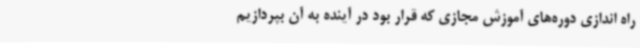
راه اندازی دوره‌های آموزش مجازی که قرار بود در آینده به آن بپردازیم